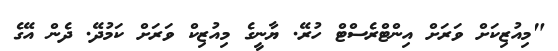
"މިއުޒިކަށް ވަރަށް އިންޓްރެސްޓް ހުރޭ. ޔާނީގެ މިއުޒިކް ވަރަށް ކަމުދޭ. ދެން އޭގެ